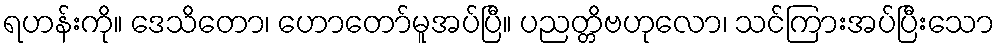
ရဟန်းကို။ ဒေသိတော၊ ဟောတော်မူအပ်ပြီ။ ပညတ္တိဗဟုလော၊ သင်ကြားအပ်ပြီးသော